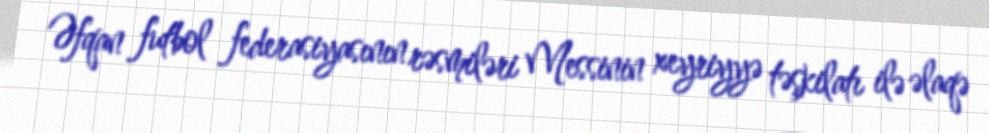
Əfqan futbol federasiyasının rəsmiləri Messinin xeyriyyə təşkilatı ilə əlaqə